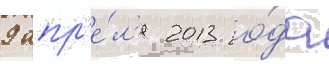
9 апр'е́л'я 2013 го́да